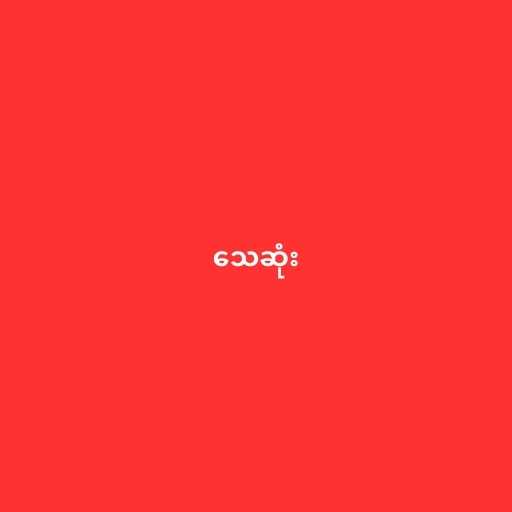
သေဆုံး